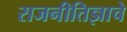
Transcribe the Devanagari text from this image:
राजनीतिज्ञाचे